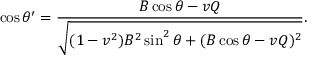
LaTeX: \cos \theta ^ { \prime } = \frac { B \cos \theta - v Q } { \sqrt { ( 1 - v ^ { 2 } ) B ^ { 2 } \sin ^ { 2 } \theta + ( B \cos \theta - v Q ) ^ { 2 } } } .